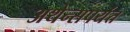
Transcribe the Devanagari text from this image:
अथेन्सपर्यंत